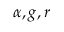
\alpha , g , r